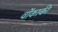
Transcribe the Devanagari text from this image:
वोंकाकी